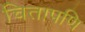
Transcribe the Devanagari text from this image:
चितापणि